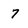
Character: 7